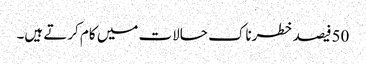
50فیصد خطرناک حالات میں کام کرتے ہیں۔